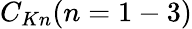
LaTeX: C_{Kn}(n=1-3)